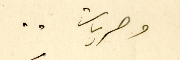
وحريات ..